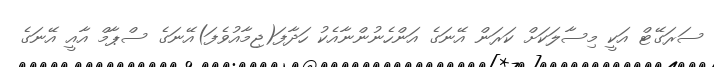
ސަރަގޭޓް އަކީ މިސާލަކަށް ކަރަން އޭނަގެ އަންހެނުންނާއެކު ހަދާފަ(ޖިމާއުވެފަ)އޭނަގެ ސްޕާމް އާއީ އޭނަގެ